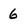
Character: 6